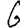
Digit: 6